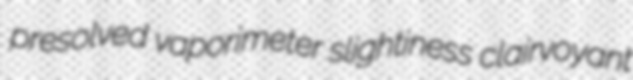
presolved vaporimeter slightiness clairvoyant